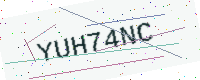
Text: YUH74NC